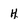
Character: H